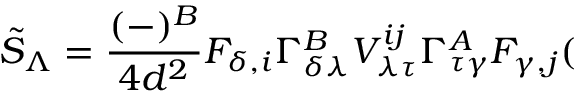
\tilde { S } _ { \Lambda } = \frac { ( - ) ^ { B } } { 4 d ^ { 2 } } F _ { \delta , i } \Gamma _ { \delta \lambda } ^ { B } V _ { \lambda \tau } ^ { i j } \Gamma _ { \tau \gamma } ^ { A } F _ { \gamma , j } (